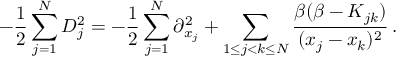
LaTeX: - \frac { 1 } { 2 } \sum _ { j = 1 } ^ { N } D _ { j } ^ { 2 } = - \frac { 1 } { 2 } \sum _ { j = 1 } ^ { N } \partial _ { x _ { j } } ^ { 2 } + \sum _ { 1 \leq j < k \leq N } \frac { \beta ( \beta - K _ { j k } ) } { ( x _ { j } - x _ { k } ) ^ { 2 } } \, .